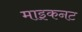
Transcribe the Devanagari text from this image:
माइकनट